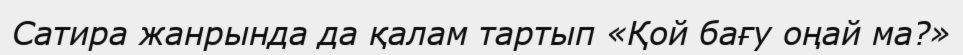
Сатира жанрында да қалам тартып «Қой бағу оңай ма?»